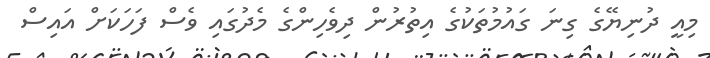
މިއީ ދުނިޔޭގެ ގިނަ ގައުމުތަކުގެ އިތުރުން ދިވެހިންގެ މެދުގައި ވެސް ފަހަކަށް އައިސް